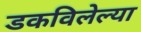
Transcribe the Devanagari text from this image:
डकविलेल्या